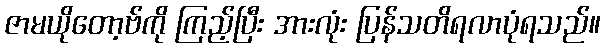
ဇာမယိုတော့ဗ်ကို ကြည့်ပြီး အားလုံး ပြန်သတိရလာပုံရသည်။